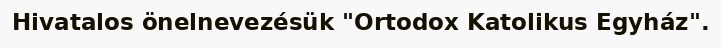
Hivatalos önelnevezésük "Ortodox Katolikus Egyház".